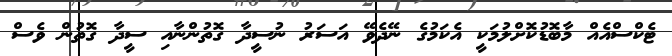
ޓެކްސްއެެއް މާބޮޑުކޮށްލުމަކީ އެކަމުގެ ނޭދެވޭ އަސަރު ނުސީދާ ގޮތުންނާއި ސީދާ ގޮތުން ވެސް